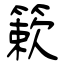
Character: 簌